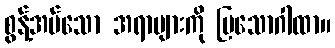
စွန့်အပ်သော အရာများကို ပြသောဂါထာ။